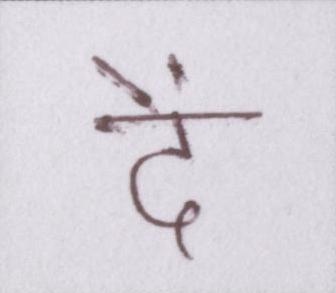
दें